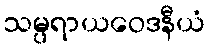
သမ္ပရာယဝေဒနီယံ